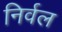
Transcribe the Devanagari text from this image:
निर्वल